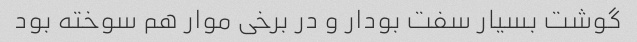
گوشت بسیار سفت بودار و در برخی موار هم سوخته بود